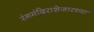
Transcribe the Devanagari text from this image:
रंगमंदिराशेजारच्या